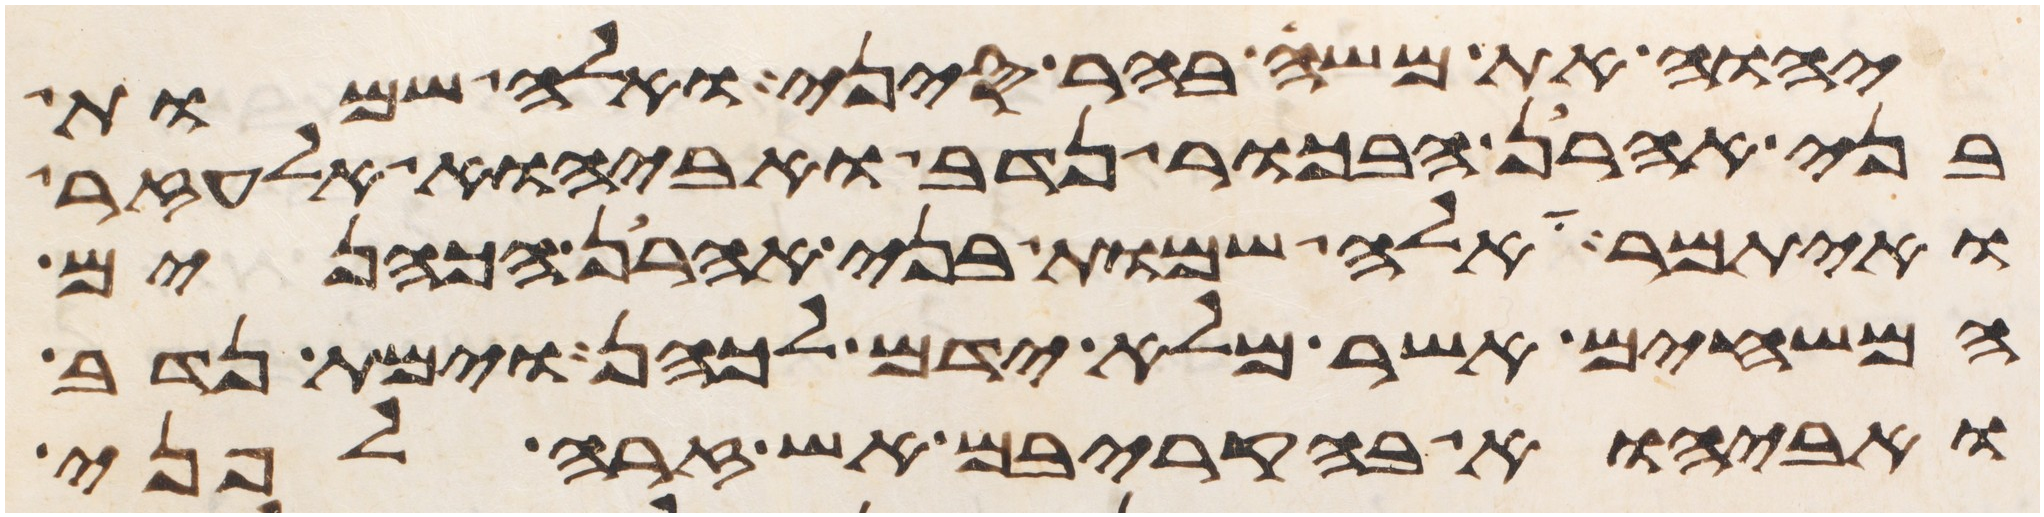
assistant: יהוה את משה בהר סיני ואלה שמות
בני אהרן הבכור נדב ואביהוא אלעזר
ואיתמר אלה שמות בני אהרן הכהנים
המשחים אשר מלא ידם לכהן וימת נדב
ואביהוא בהקריבם אש זרה לפני